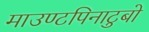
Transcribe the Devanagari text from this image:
माउण्टपिनाटुबो